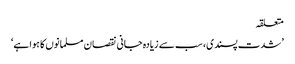
متعلقہ
’شدت پسندی، سب سے زیادہ جانی نقصان مسلمانوں کا ہوا ہے‘